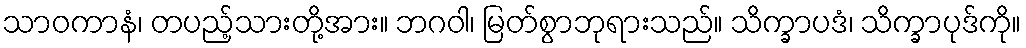
သာဝကာနံ၊ တပည့်သားတို့အား။ ဘဂဝါ၊ မြတ်စွာဘုရားသည်။ သိက္ခာပဒံ၊ သိက္ခာပုဒ်ကို။